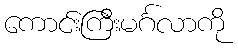
ကောင်းကြီးမင်္ဂလာကို